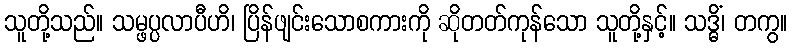
သူတို့သည်။ သမ္ဖပ္ပလာပီဟိ၊ ပြိန်ဖျင်းသောစကားကို ဆိုတတ်ကုန်သော သူတို့နှင့်။ သဒ္ဓိံ၊ တကွ။